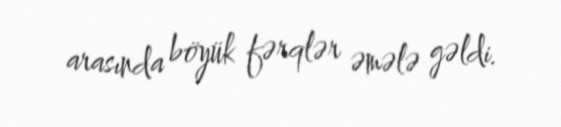
arasında böyük fərqlər əmələ gəldi.